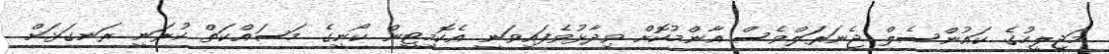
މަޖިލީހުގެ ކައުންސެލް ޖެނަރަލްވެސް އާންމުކޮށް ވިދާޅުވެފައިވަނީ އެކޮމިޓީން ކޯނީގެ މަސައްކަތް ކުރަނީ ރަނގަޅަށް